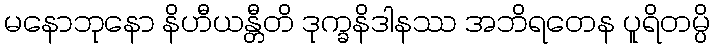
မနောဘုနော နိဟီယန္တီတိ ဒုက္ခနိဒါနဿ အဘိရတေန ပူရိတမ္ပိ